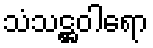
သံသဋ္ဌဝါရော